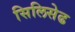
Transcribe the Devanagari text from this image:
सिलिसेढ